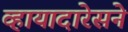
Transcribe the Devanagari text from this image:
व्हायादारेसने